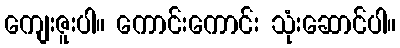
ကျေးဇူးပါ။ ကောင်းကောင်း သုံးဆောင်ပါ။